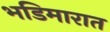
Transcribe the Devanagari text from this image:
भडिमारात